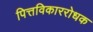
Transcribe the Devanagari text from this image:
पित्तविकाररोधक